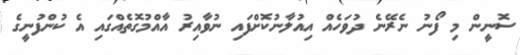
ސޮނީން މި ފޯނު ނެރޭނެ ދުވަހެއް އިއުލާނުކޮށްފައި ނުވާއިރު އާއްމުގޮތެއްގައި އެ ކުންފުނީގެ